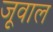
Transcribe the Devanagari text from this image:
जूवाल